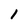
Character: I